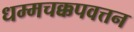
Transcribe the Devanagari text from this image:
धम्मचक्कपवत्तन